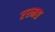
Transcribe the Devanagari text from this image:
एस्मस